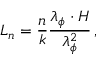
L _ { n } = \frac { n } { k } \frac { \lambda _ { \phi } \cdot H } { \lambda _ { \phi } ^ { 2 } } \, ,